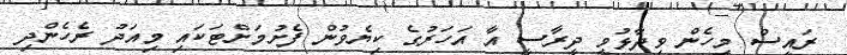
ރައީސް މިހެން ވިދާޅުވީ ދީރާސީ އާ އަހަރުގެ ކިޔެވުން ފެށުމަށްޓަކައި މިއަދު ރެހެންދި